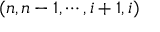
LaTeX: ( n , n - 1 , \cdots , i + 1 , i )